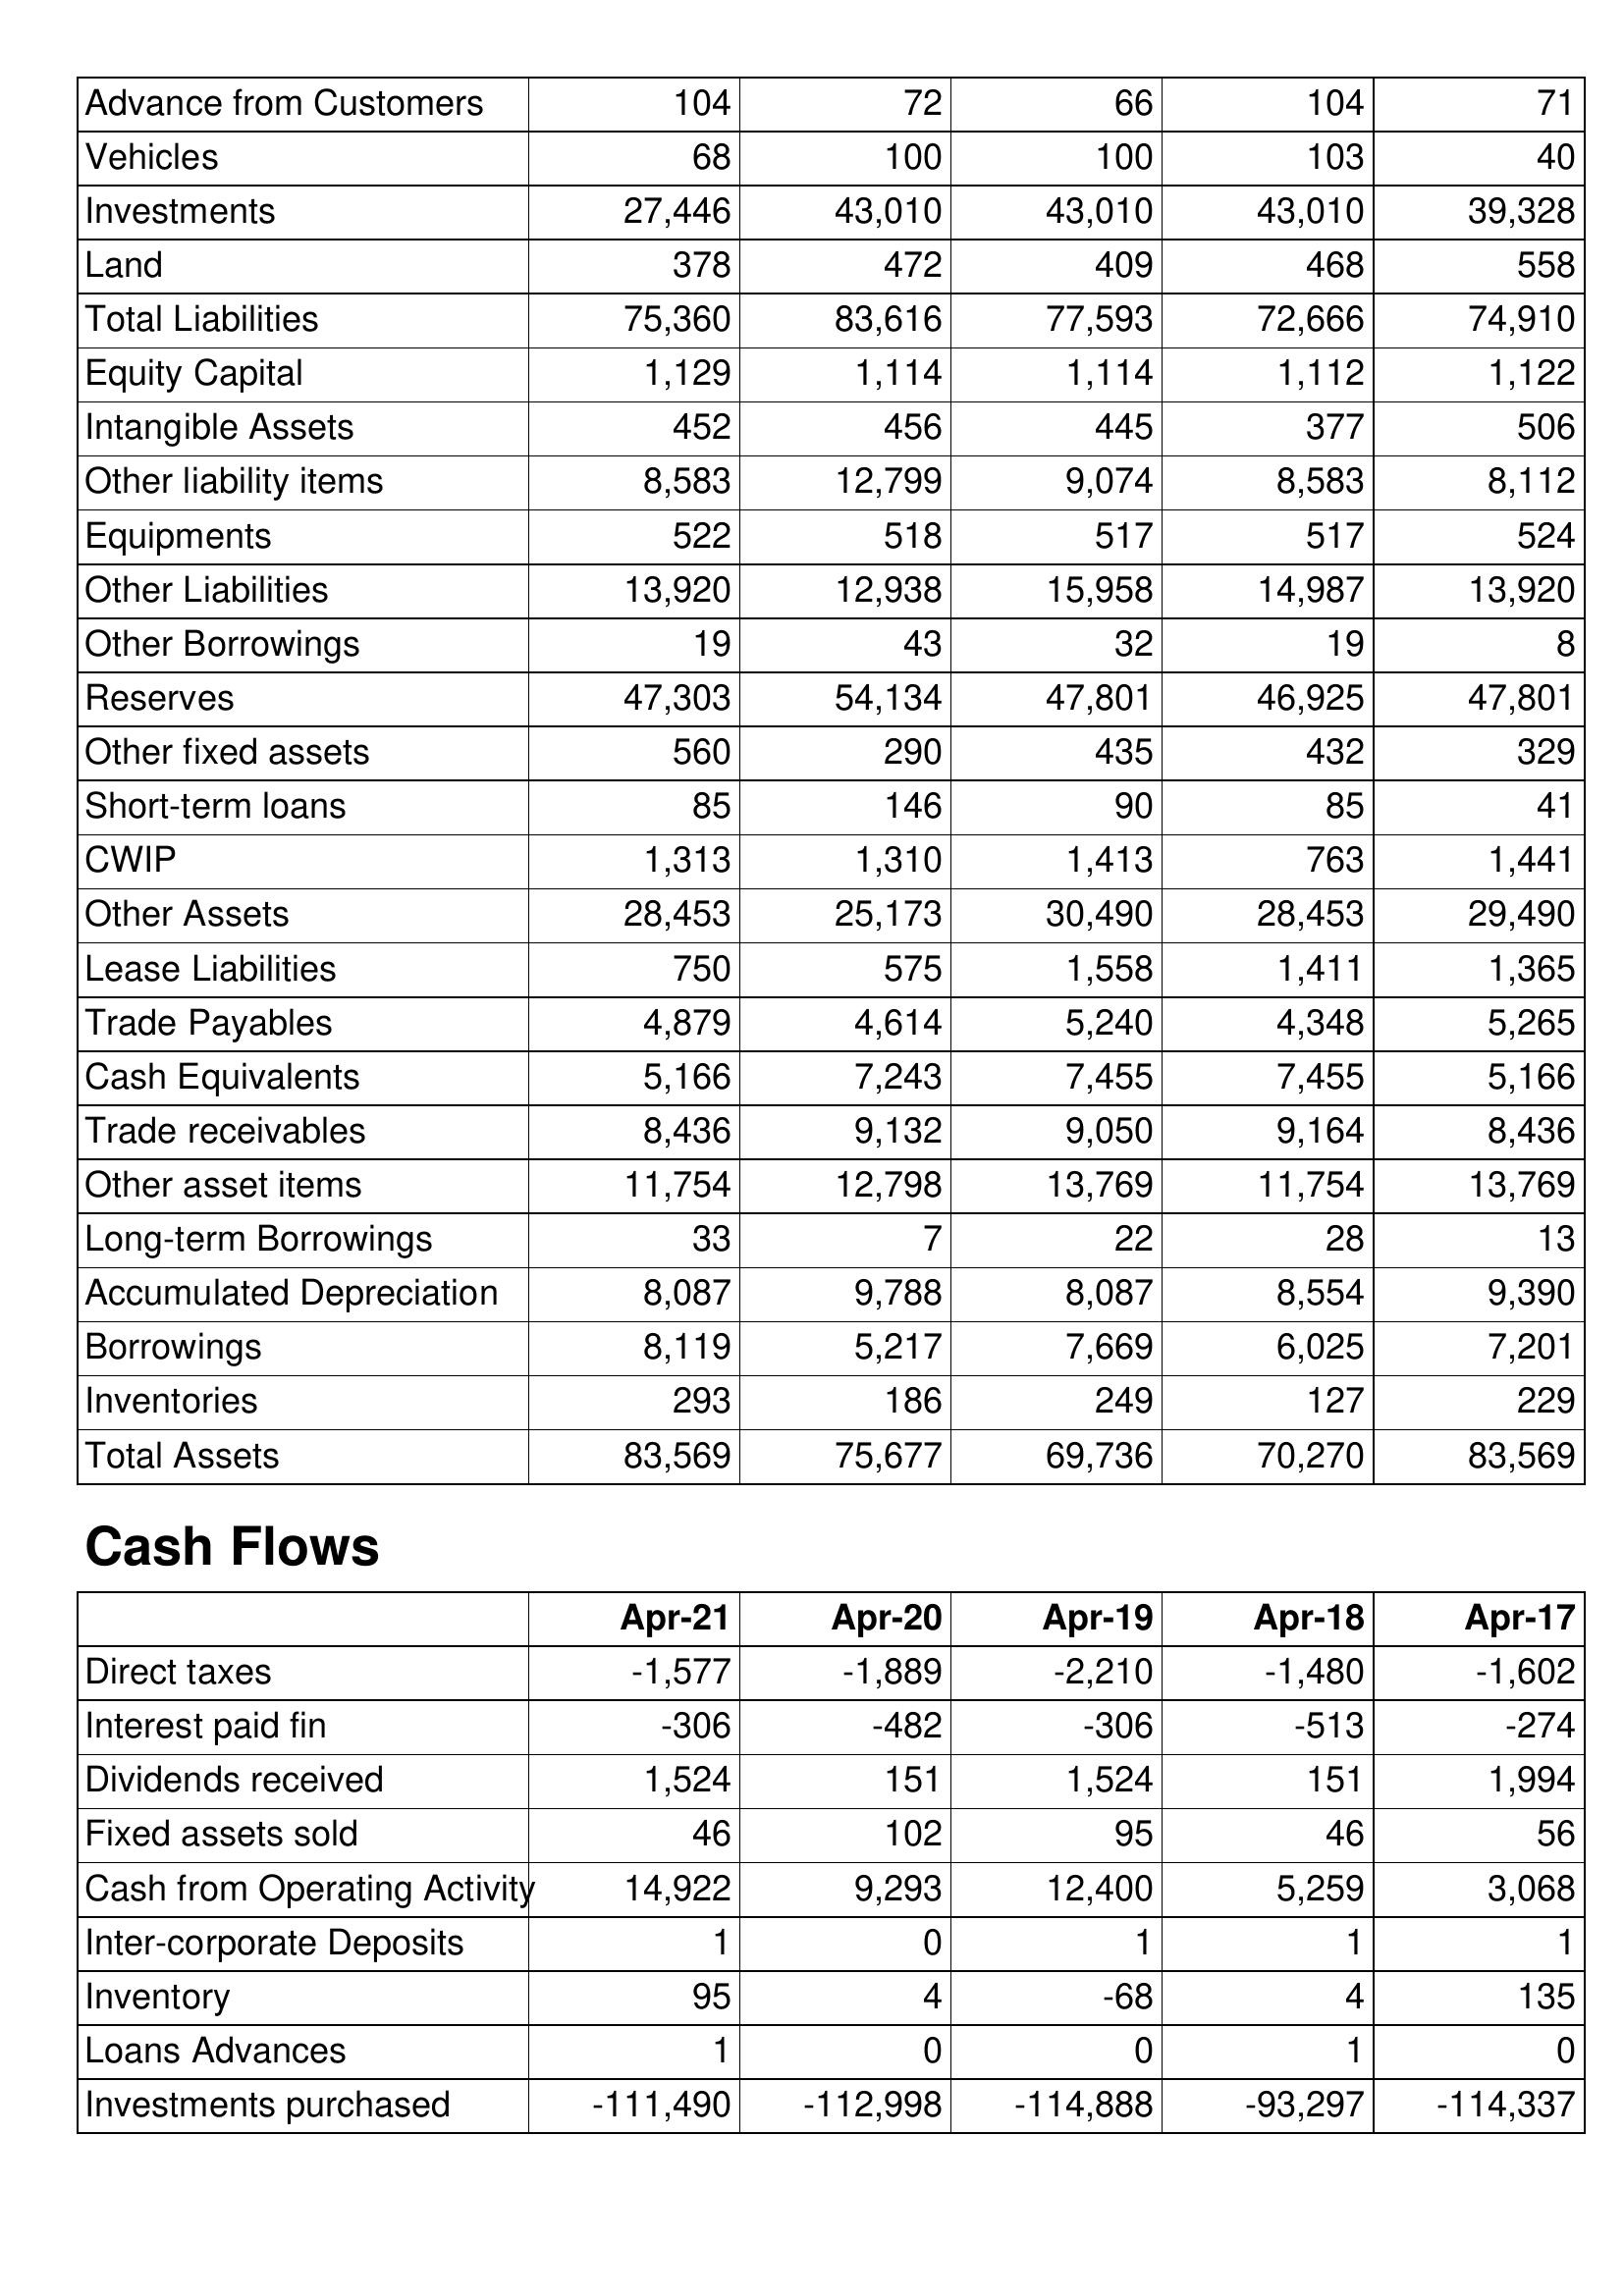
Apr-21: Balance Sheet: Advance from Customers: 104
Vehicles: 68
Investments: 27,446
Land: 378
Total Liabilities: 75,360
Equity Capital: 1,129
Intangible Assets: 452
Other liability items: 8,583
Equipments: 522
Other Liabilities: 13,920
Other Borrowings: 19
Reserves: 47,303
Other fixed assets: 560
Short-term loans: 85
CWIP: 1,313
Other Assets: 28,453
Lease Liabilities: 750
Trade Payables: 4,879
Cash Equivalents: 5,166
Trade receivables: 8,436
Other asset items: 11,754
Long-term Borrowings: 33
Accumulated Depreciation: 8,087
Borrowings: 8,119
Inventories: 293
Total Assets: 83,569
Cash Flows: Direct taxes: -1,577
Interest paid fin: -306
Dividends received: 1,524
Fixed assets sold: 46
Cash from Operating Activity: 14,922
Inter-corporate Deposits: 1
Inventory: 95
Loans Advances: 1
Investments purchased: -111,490
Apr-20: Balance Sheet: Advance from Customers: 72
Vehicles: 100
Investments: 43,010
Land: 472
Total Liabilities: 83,616
Equity Capital: 1,114
Intangible Assets: 456
Other liability items: 12,799
Equipments: 518
Other Liabilities: 12,938
Other Borrowings: 43
Reserves: 54,134
Other fixed assets: 290
Short-term loans: 146
CWIP: 1,310
Other Assets: 25,173
Lease Liabilities: 575
Trade Payables: 4,614
Cash Equivalents: 7,243
Trade receivables: 9,132
Other asset items: 12,798
Long-term Borrowings: 7
Accumulated Depreciation: 9,788
Borrowings: 5,217
Inventories: 186
Total Assets: 75,677
Cash Flows: Direct taxes: -1,889
Interest paid fin: -482
Dividends received: 151
Fixed assets sold: 102
Cash from Operating Activity: 9,293
Inter-corporate Deposits: 0
Inventory: 4
Loans Advances: 0
Investments purchased: -112,998
Apr-19: Balance Sheet: Advance from Customers: 66
Vehicles: 100
Investments: 43,010
Land: 409
Total Liabilities: 77,593
Equity Capital: 1,114
Intangible Assets: 445
Other liability items: 9,074
Equipments: 517
Other Liabilities: 15,958
Other Borrowings: 32
Reserves: 47,801
Other fixed assets: 435
Short-term loans: 90
CWIP: 1,413
Other Assets: 30,490
Lease Liabilities: 1,558
Trade Payables: 5,240
Cash Equivalents: 7,455
Trade receivables: 9,050
Other asset items: 13,769
Long-term Borrowings: 22
Accumulated Depreciation: 8,087
Borrowings: 7,669
Inventories: 249
Total Assets: 69,736
Cash Flows: Direct taxes: -2,210
Interest paid fin: -306
Dividends received: 1,524
Fixed assets sold: 95
Cash from Operating Activity: 12,400
Inter-corporate Deposits: 1
Inventory: -68
Loans Advances: 0
Investments purchased: -114,888
Apr-18: Balance Sheet: Advance from Customers: 104
Vehicles: 103
Investments: 43,010
Land: 468
Total Liabilities: 72,666
Equity Capital: 1,112
Intangible Assets: 377
Other liability items: 8,583
Equipments: 517
Other Liabilities: 14,987
Other Borrowings: 19
Reserves: 46,925
Other fixed assets: 432
Short-term loans: 85
CWIP: 763
Other Assets: 28,453
Lease Liabilities: 1,411
Trade Payables: 4,348
Cash Equivalents: 7,455
Trade receivables: 9,164
Other asset items: 11,754
Long-term Borrowings: 28
Accumulated Depreciation: 8,554
Borrowings: 6,025
Inventories: 127
Total Assets: 70,270
Cash Flows: Direct taxes: -1,480
Interest paid fin: -513
Dividends received: 151
Fixed assets sold: 46
Cash from Operating Activity: 5,259
Inter-corporate Deposits: 1
Inventory: 4
Loans Advances: 1
Investments purchased: -93,297
Apr-17: Balance Sheet: Advance from Customers: 71
Vehicles: 40
Investments: 39,328
Land: 558
Total Liabilities: 74,910
Equity Capital: 1,122
Intangible Assets: 506
Other liability items: 8,112
Equipments: 524
Other Liabilities: 13,920
Other Borrowings: 8
Reserves: 47,801
Other fixed assets: 329
Short-term loans: 41
CWIP: 1,441
Other Assets: 29,490
Lease Liabilities: 1,365
Trade Payables: 5,265
Cash Equivalents: 5,166
Trade receivables: 8,436
Other asset items: 13,769
Long-term Borrowings: 13
Accumulated Depreciation: 9,390
Borrowings: 7,201
Inventories: 229
Total Assets: 83,569
Cash Flows: Direct taxes: -1,602
Interest paid fin: -274
Dividends received: 1,994
Fixed assets sold: 56
Cash from Operating Activity: 3,068
Inter-corporate Deposits: 1
Inventory: 135
Loans Advances: 0
Investments purchased: -114,337